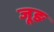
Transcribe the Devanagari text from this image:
जूङ